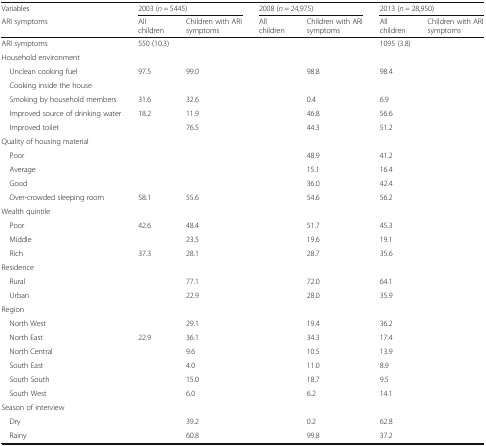
<table><thead><tr><td><b>Variables</b></td><td colspan="2"><b>2003 (<i>n</i> = 5445)</b></td><td colspan="2"><b>2008 (<i>n</i> = 24,975)</b></td><td colspan="2"><b>2013 (<i>n</i> = 28,950)</b></td></tr><tr><td><b>ARI symptoms</b></td><td><b>All children</b></td><td><b>Children with ARI symptoms</b></td><td><b>All children</b></td><td><b>Children with ARI symptoms</b></td><td><b>All children</b></td><td><b>Children with ARI symptoms</b></td></tr></thead><tbody><tr><td>ARI symptoms</td><td>550 (10.3)</td><td>[EMPTY_CELL]</td><td>[EMPTY_CELL]</td><td>[EMPTY_CELL]</td><td>1095 (3.8)</td><td>[EMPTY_CELL]</td></tr><tr><td colspan="7">Household environment</td></tr><tr><td> Unclean cooking fuel</td><td>97.5</td><td>99.0</td><td>[EMPTY_CELL]</td><td>98.8</td><td>98.4</td><td>[EMPTY_CELL]</td></tr><tr><td> Cooking inside the house</td><td>[EMPTY_CELL]</td><td>[EMPTY_CELL]</td><td>[EMPTY_CELL]</td><td>[EMPTY_CELL]</td><td>[EMPTY_CELL]</td><td>[EMPTY_CELL]</td></tr><tr><td> Smoking by household members</td><td>31.6</td><td>32.6</td><td>[EMPTY_CELL]</td><td>0.4</td><td>6.9</td><td>[EMPTY_CELL]</td></tr><tr><td> Improved source of drinking water</td><td>18.2</td><td>11.9</td><td>[EMPTY_CELL]</td><td>46.8</td><td>56.6</td><td>[EMPTY_CELL]</td></tr><tr><td> Improved toilet</td><td>[EMPTY_CELL]</td><td>76.5</td><td>[EMPTY_CELL]</td><td>44.3</td><td>51.2</td><td>[EMPTY_CELL]</td></tr><tr><td colspan="7">Quality of housing material</td></tr><tr><td> Poor</td><td>[EMPTY_CELL]</td><td>[EMPTY_CELL]</td><td>[EMPTY_CELL]</td><td>48.9</td><td>41.2</td><td>[EMPTY_CELL]</td></tr><tr><td> Average</td><td>[EMPTY_CELL]</td><td>[EMPTY_CELL]</td><td>[EMPTY_CELL]</td><td>15.1</td><td>16.4</td><td>[EMPTY_CELL]</td></tr><tr><td> Good</td><td>[EMPTY_CELL]</td><td>[EMPTY_CELL]</td><td>[EMPTY_CELL]</td><td>36.0</td><td>42.4</td><td>[EMPTY_CELL]</td></tr><tr><td> Over-crowded sleeping room</td><td>58.1</td><td>55.6</td><td>[EMPTY_CELL]</td><td>54.6</td><td>56.2</td><td>[EMPTY_CELL]</td></tr><tr><td colspan="7">Wealth quintile</td></tr><tr><td> Poor</td><td>42.6</td><td>48.4</td><td>[EMPTY_CELL]</td><td>51.7</td><td>45.3</td><td>[EMPTY_CELL]</td></tr><tr><td> Middle</td><td>[EMPTY_CELL]</td><td>23.5</td><td>[EMPTY_CELL]</td><td>19.6</td><td>19.1</td><td>[EMPTY_CELL]</td></tr><tr><td> Rich</td><td>37.3</td><td>28.1</td><td>[EMPTY_CELL]</td><td>28.7</td><td>35.6</td><td>[EMPTY_CELL]</td></tr><tr><td colspan="7">Residence</td></tr><tr><td> Rural</td><td>[EMPTY_CELL]</td><td>77.1</td><td>[EMPTY_CELL]</td><td>72.0</td><td>64.1</td><td>[EMPTY_CELL]</td></tr><tr><td> Urban</td><td>[EMPTY_CELL]</td><td>22.9</td><td>[EMPTY_CELL]</td><td>28.0</td><td>35.9</td><td>[EMPTY_CELL]</td></tr><tr><td colspan="7">Region</td></tr><tr><td> North West</td><td>[EMPTY_CELL]</td><td>29.1</td><td>[EMPTY_CELL]</td><td>19.4</td><td>36.2</td><td>[EMPTY_CELL]</td></tr><tr><td> North East</td><td>22.9</td><td>36.1</td><td>[EMPTY_CELL]</td><td>34.3</td><td>17.4</td><td>[EMPTY_CELL]</td></tr><tr><td> North Central</td><td>[EMPTY_CELL]</td><td>9.6</td><td>[EMPTY_CELL]</td><td>10.5</td><td>13.9</td><td>[EMPTY_CELL]</td></tr><tr><td> South East</td><td>[EMPTY_CELL]</td><td>4.0</td><td>[EMPTY_CELL]</td><td>11.0</td><td>8.9</td><td>[EMPTY_CELL]</td></tr><tr><td> South South</td><td>[EMPTY_CELL]</td><td>15.0</td><td>[EMPTY_CELL]</td><td>18.7</td><td>9.5</td><td>[EMPTY_CELL]</td></tr><tr><td> South West</td><td>[EMPTY_CELL]</td><td>6.0</td><td>[EMPTY_CELL]</td><td>6.2</td><td>14.1</td><td>[EMPTY_CELL]</td></tr><tr><td colspan="7">Season of interview</td></tr><tr><td> Dry</td><td>[EMPTY_CELL]</td><td>39.2</td><td>[EMPTY_CELL]</td><td>0.2</td><td>62.8</td><td>[EMPTY_CELL]</td></tr><tr><td> Rainy</td><td>[EMPTY_CELL]</td><td>60.8</td><td>[EMPTY_CELL]</td><td>99.8</td><td>37.2</td><td>[EMPTY_CELL]</td></tr></tbody></table>